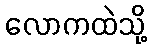
လောကထဲသို့